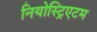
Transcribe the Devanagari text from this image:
नियोस्ट्रिएटम